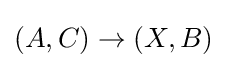
(A,C)\rightarrow (X,B)